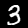
Digit: 3